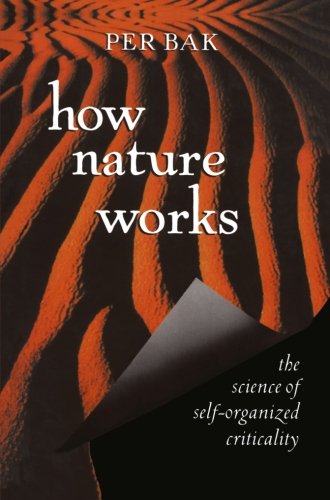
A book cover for How Nature Works: the science of self-organized criticality; Per Bak; Computers & Technology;